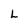
Character: l